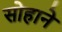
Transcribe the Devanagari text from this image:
सोहाने